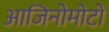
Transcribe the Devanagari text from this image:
आजिनोमोटो